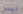
ليس